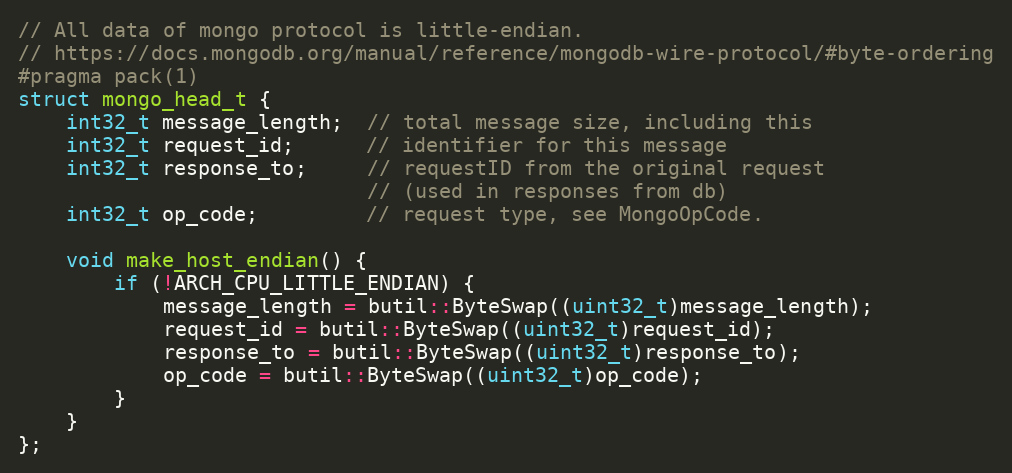
Language: C
// All data of mongo protocol is little-endian.
// https://docs.mongodb.org/manual/reference/mongodb-wire-protocol/#byte-ordering
#pragma pack(1)
struct mongo_head_t {
    int32_t message_length;  // total message size, including this
    int32_t request_id;      // identifier for this message
    int32_t response_to;     // requestID from the original request
                             // (used in responses from db)
    int32_t op_code;         // request type, see MongoOpCode.

    void make_host_endian() {
        if (!ARCH_CPU_LITTLE_ENDIAN) {
            message_length = butil::ByteSwap((uint32_t)message_length);
            request_id = butil::ByteSwap((uint32_t)request_id);
            response_to = butil::ByteSwap((uint32_t)response_to);
            op_code = butil::ByteSwap((uint32_t)op_code);
        }
    }
};